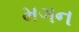
મગન